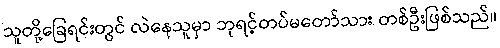
သူတို့ခြေရင်းတွင် လဲနေသူမှာ ဘုရင့်တပ်မတော်သား တစ်ဦးဖြစ်သည်။